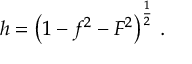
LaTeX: h = \left( 1 - f ^ { 2 } - F ^ { 2 } \right) ^ { \frac { 1 } { 2 } } \, .